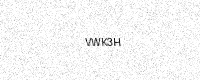
Text: VWK3H